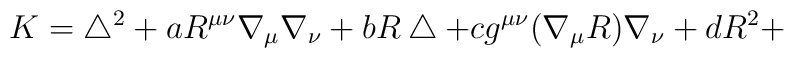
K=\bigtriangleup ^2+aR^{\mu \nu }\nabla _\mu \nabla _\nu +bR\bigtriangleup+cg^{\mu \nu }(\nabla _\mu R)\nabla _\nu +dR^2+